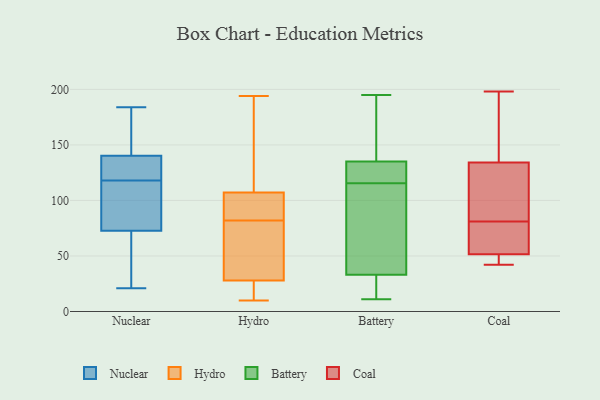
{"axis": {"x": "Website Visitors", "y": "Value"}, "legend": ["Battery", "Coal", "Hydro", "Nuclear"], "data": [{"x": "", "y": 33, "type": "Nuclear"}, {"x": "", "y": 136, "type": "Nuclear"}, {"x": "", "y": 112, "type": "Nuclear"}, {"x": "", "y": 153, "type": "Nuclear"}, {"x": "", "y": 36, "type": "Nuclear"}, {"x": "", "y": 184, "type": "Nuclear"}, {"x": "", "y": 104, "type": "Nuclear"}, {"x": "", "y": 122, "type": "Nuclear"}, {"x": "", "y": 153, "type": "Nuclear"}, {"x": "", "y": 118, "type": "Nuclear"}, {"x": "", "y": 21, "type": "Nuclear"}, {"x": "", "y": 125, "type": "Nuclear"}, {"x": "", "y": 85, "type": "Nuclear"}, {"x": "", "y": 108, "type": "Hydro"}, {"x": "", "y": 194, "type": "Hydro"}, {"x": "", "y": 18, "type": "Hydro"}, {"x": "", "y": 10, "type": "Hydro"}, {"x": "", "y": 19, "type": "Hydro"}, {"x": "", "y": 43, "type": "Hydro"}, {"x": "", "y": 82, "type": "Hydro"}, {"x": "", "y": 31, "type": "Hydro"}, {"x": "", "y": 76, "type": "Hydro"}, {"x": "", "y": 175, "type": "Hydro"}, {"x": "", "y": 97, "type": "Hydro"}, {"x": "", "y": 97, "type": "Hydro"}, {"x": "", "y": 107, "type": "Hydro"}, {"x": "", "y": 78, "type": "Battery"}, {"x": "", "y": 129, "type": "Battery"}, {"x": "", "y": 107, "type": "Battery"}, {"x": "", "y": 99, "type": "Battery"}, {"x": "", "y": 178, "type": "Battery"}, {"x": "", "y": 124, "type": "Battery"}, {"x": "", "y": 135, "type": "Battery"}, {"x": "", "y": 32, "type": "Battery"}, {"x": "", "y": 11, "type": "Battery"}, {"x": "", "y": 169, "type": "Battery"}, {"x": "", "y": 16, "type": "Battery"}, {"x": "", "y": 33, "type": "Battery"}, {"x": "", "y": 195, "type": "Battery"}, {"x": "", "y": 128, "type": "Battery"}, {"x": "", "y": 53, "type": "Coal"}, {"x": "", "y": 116, "type": "Coal"}, {"x": "", "y": 81, "type": "Coal"}, {"x": "", "y": 55, "type": "Coal"}, {"x": "", "y": 42, "type": "Coal"}, {"x": "", "y": 147, "type": "Coal"}, {"x": "", "y": 64, "type": "Coal"}, {"x": "", "y": 47, "type": "Coal"}, {"x": "", "y": 192, "type": "Coal"}, {"x": "", "y": 43, "type": "Coal"}, {"x": "", "y": 130, "type": "Coal"}, {"x": "", "y": 98, "type": "Coal"}, {"x": "", "y": 198, "type": "Coal"}]}